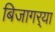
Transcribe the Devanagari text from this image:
बिजागर्‍या